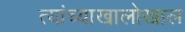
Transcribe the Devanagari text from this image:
त्यांच्याखालोखाल